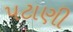
પટાણી